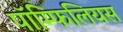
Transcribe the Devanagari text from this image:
पॉम्फिलियस